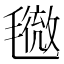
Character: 𣰓